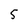
Character: 5